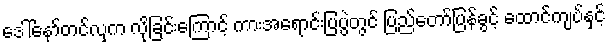
ဒေါ်နော်တင်လှက လိုခြင်းကြောင့် ကားအရောင်းပြပွဲတွင် ပြည်တော်ပြန်ခွင့် ထောင်ကျပ်နှင့်